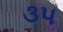
૩૫